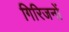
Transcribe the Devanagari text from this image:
गिरिजनों